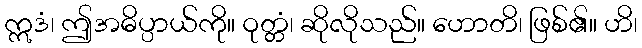
ဣဒံ၊ ဤအဓိပ္ပာယ်ကို။ ဝုတ္တံ၊ ဆိုလိုသည်။ ဟောတိ၊ ဖြစ်၏။ ဟိ၊